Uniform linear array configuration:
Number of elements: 12
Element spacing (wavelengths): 1
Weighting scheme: hamming
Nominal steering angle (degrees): -60
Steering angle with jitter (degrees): -61.198
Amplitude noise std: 0.05
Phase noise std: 0.05

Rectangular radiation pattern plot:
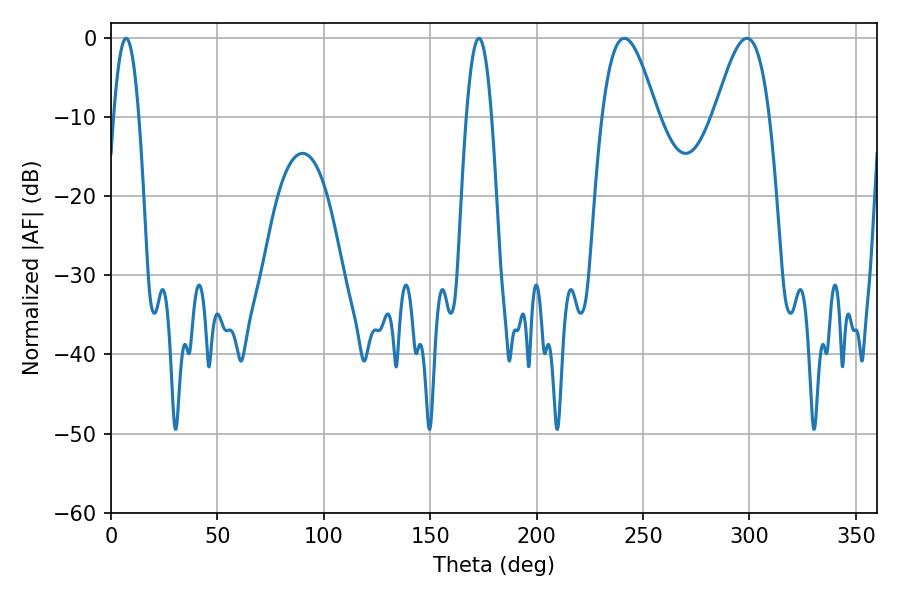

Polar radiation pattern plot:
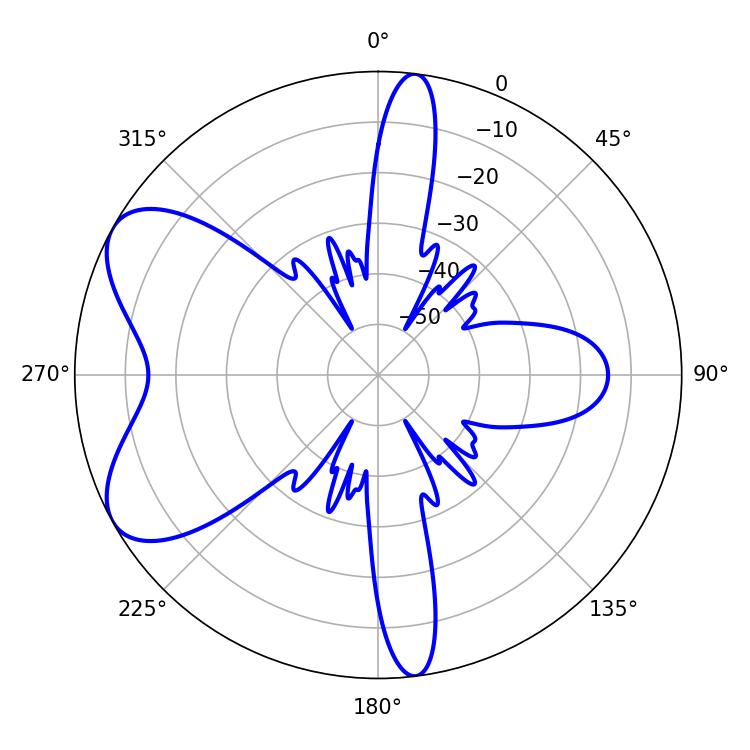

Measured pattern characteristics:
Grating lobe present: TRUE
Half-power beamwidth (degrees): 13.86
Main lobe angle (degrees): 241.2